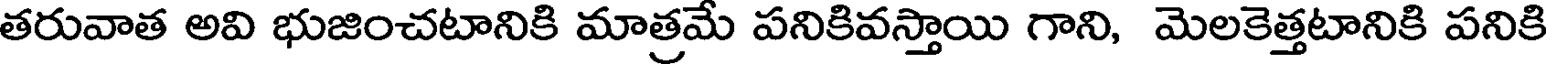
తరువాత అవి భుజించటానికి మాత్రమే పనికివస్తాయి గాని, మెలకెత్తటానికి పనికి